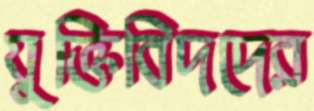
যুক্তিবিদদের